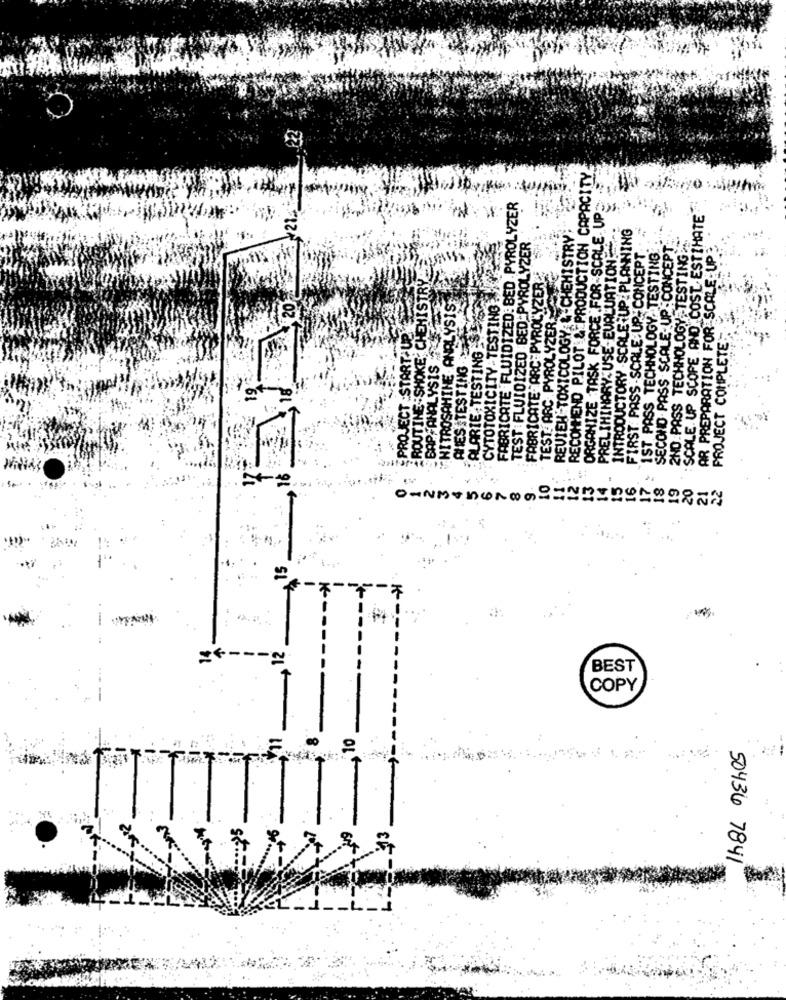
RECOMMEND PILOT & PRODUCTION CAPACITY
FABRICATE FLUIDIZED: BED PYROLYZER
ORGANIZE TASK FORCE FOR-SCALE UP
SCALE UP SCOPE AND COST. ESTIMATE
W
REVIEH TOXICOLOGY & CHEMISTRY
PRELIMINARY:USE-EVALUATION-
INTRODUCTORY -SCALE :UP: PLANNING
TEST :FLUIDIZED BED PYROLYZER
2ND PASS TECHNOLOGY -TESTING ...
FIRST PASS - SCALE-UP- CONCEPT
IST PASS TECHNOLOGY TESTING
SECOND . PASS SCALE-UP - CONCEPT:
AR PREPARATION FOR SCALE-UP3
ROUTINE - SHOKE; CHEMISTRY-
CYTOTOXICITY: TESTING .
FABRICATE. ARC.PYROLYZER
YSIS
THE ANALYSIS
TEST ARC PYROLYZER
PROJECT :START UP
PROJECT COMPLETE
TESTING
ING
CAPFAN
ALARIE
OHNMTHONOM ======== 2285N
15
K
LIT
BEST
COPY
50436 7841